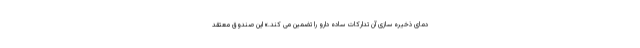
دمای ذخیره سازی آن تدارکات ساده دارو را تضمین می کند.» این صندوق معتقد